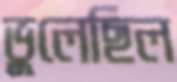
ভুলেছিল